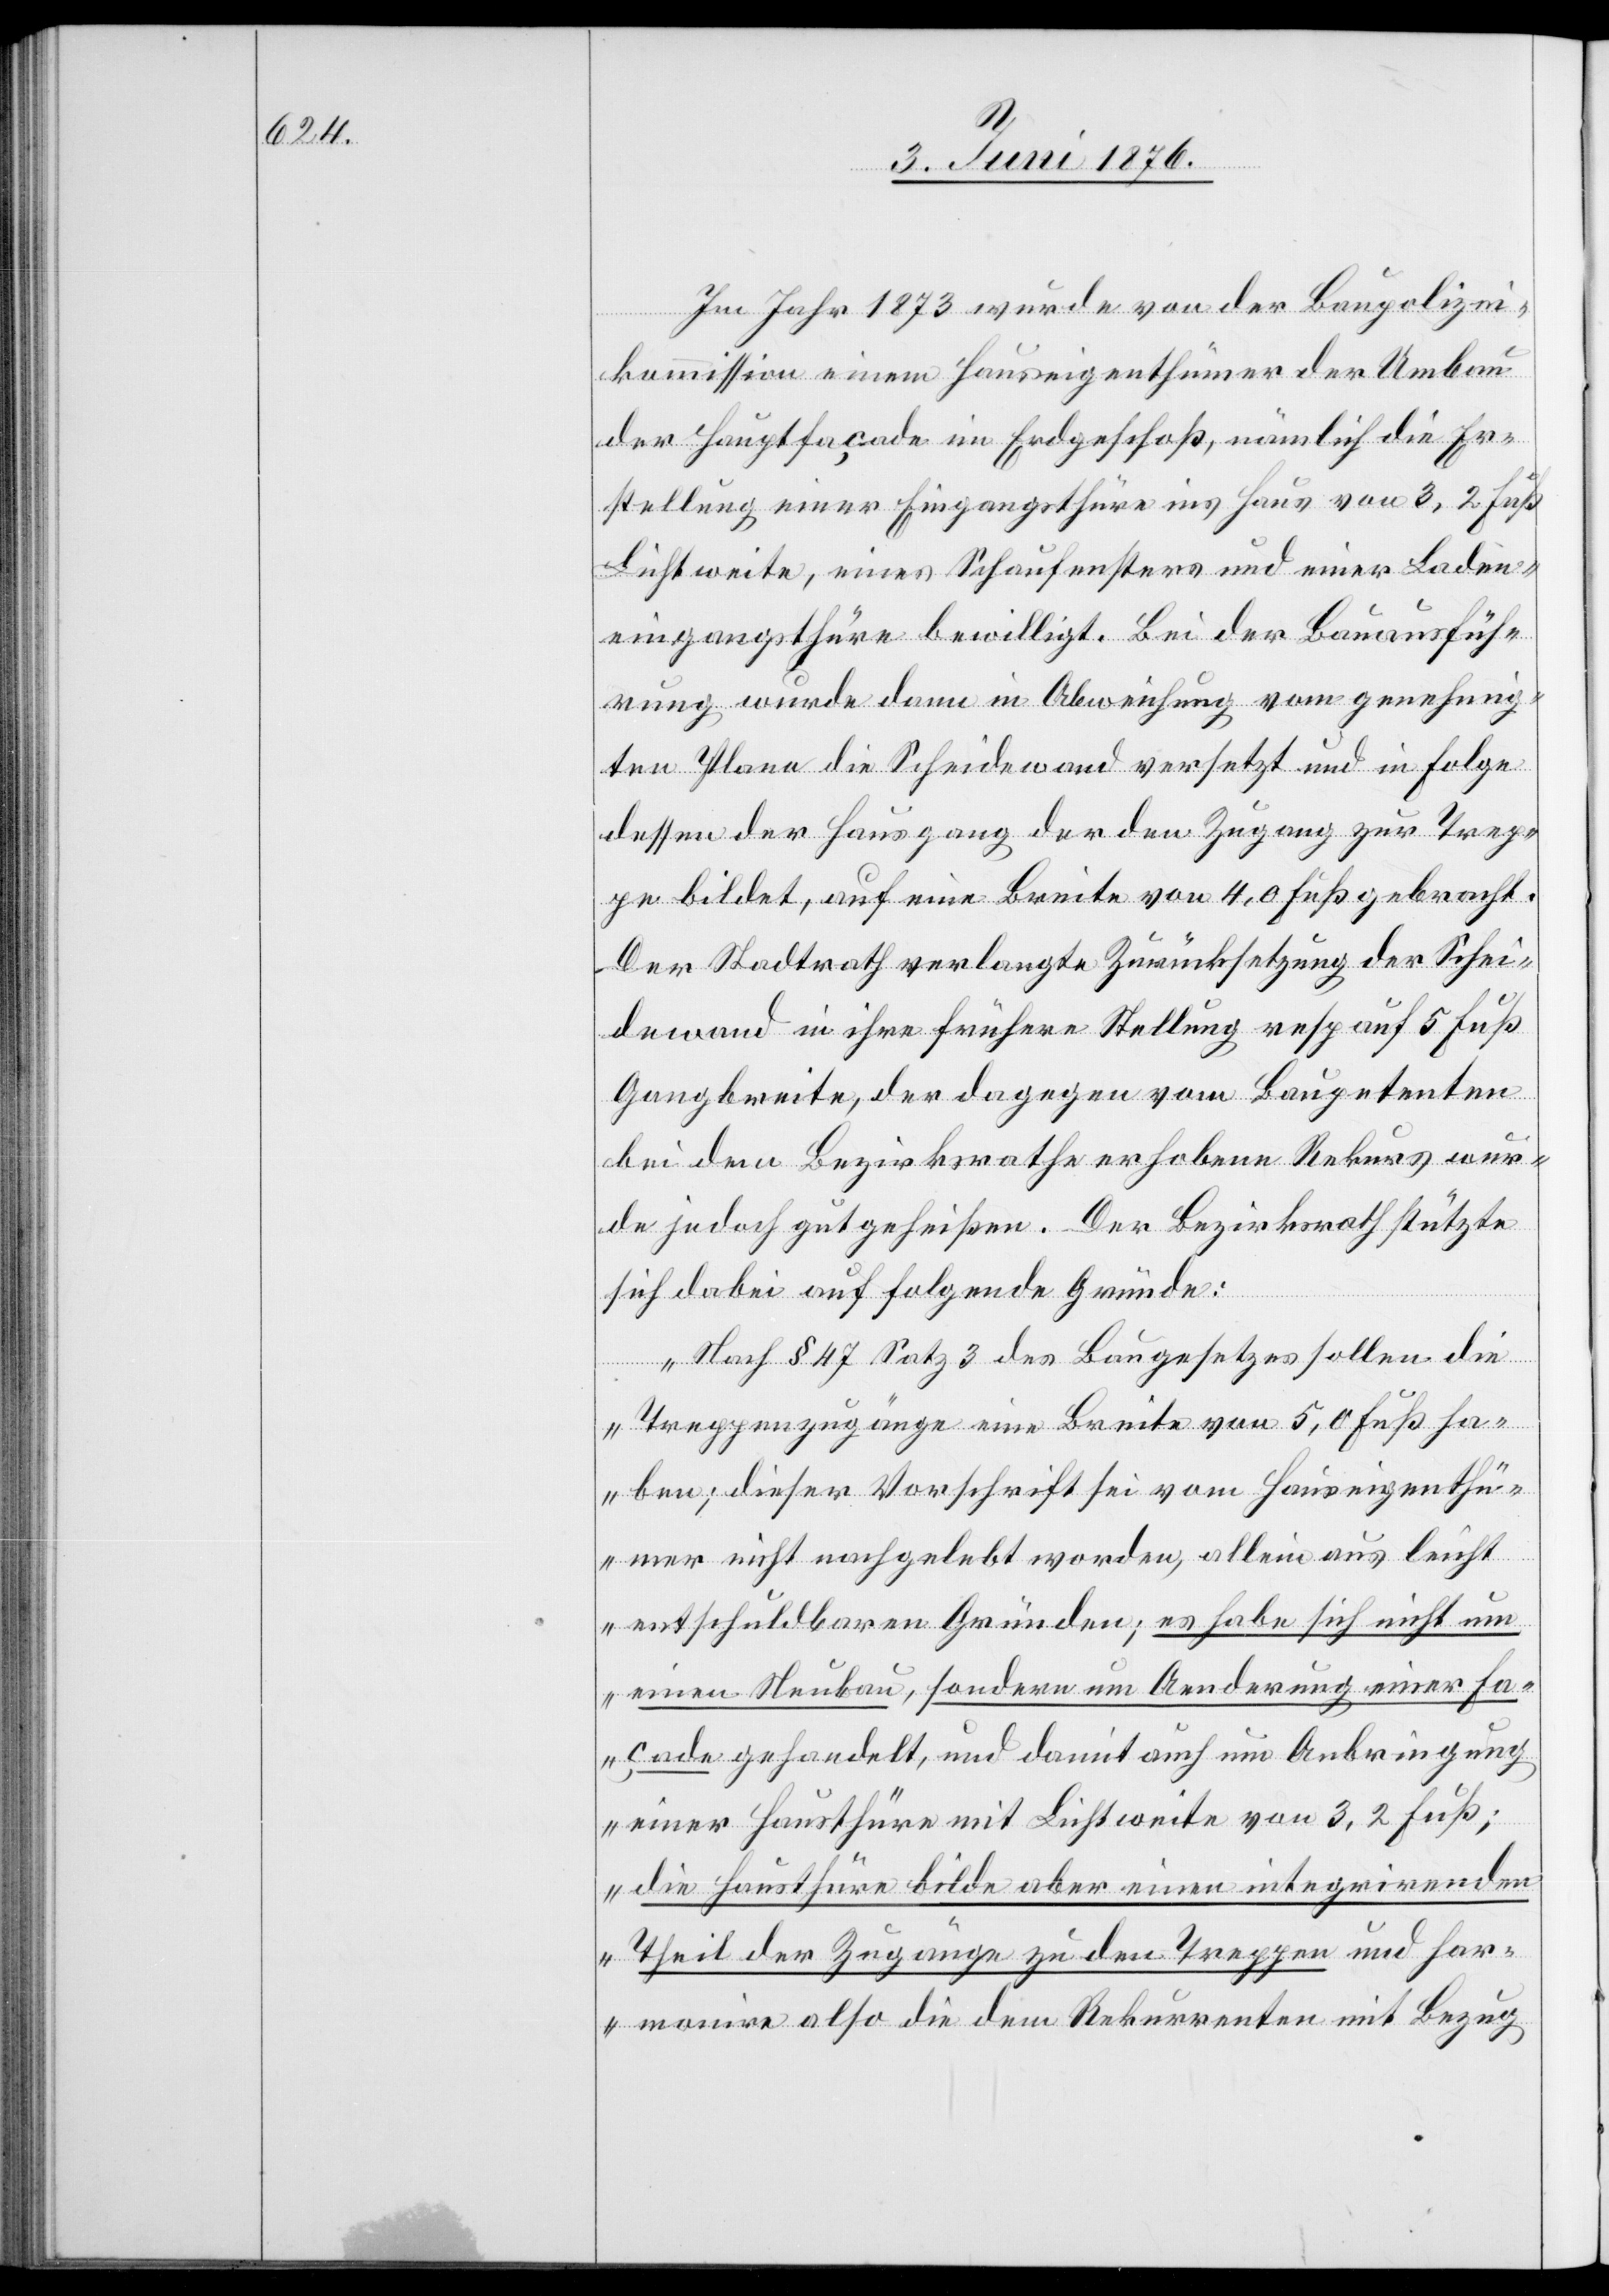
Im Jahr 1873 wurde von der Baupolizei¬
kommission einem Hauseigenthümer der Umbau
der Hauptfaçade im Erdgeschoß, nämlich die Er¬
stellung eines Eingangsthüre ins Haus von 3,2 Fuß
Lichtweite, eines Schaufensters und einer Laden¬
eingangsthüre bewilligt. Bei der Bauausfüh¬
rung wurde dann in Abweichung vom genehmig¬
ten Plane die Scheidewand versetzt und in Folge
dessen der Hauseingang der den Zugang zur Trep¬
pe bildet, auf eine Breite von 4,0 Fuß gebracht.
Der Stadtrath verlangte Zurücksetzung der Schei¬
dewand in ihre frühere Stellung resp. auf 5 Fuß
Gangbreite, der dagegen vom Baupetenten
bei dem Bezirksrathe erhobenen Rekurs wur¬
de jedoch gutgeheißen. Der Bezirksrath stützte
sich dabei auf folgende Gründe:
„Nach § 47 Satz 3 des Baugesetzes sollen die
Treppenzugänge eine Breite von 5,0 Fuß ha¬
ben; dieser Vorschrift sei vom Hauseigenthü¬
mer nicht nachgelebt worden, allein aus leicht
entschuldbaren Gründen; es habe sich nicht um
einen Neubau, sondern um Aenderung einer Fa¬
çade gehandelt, und damit auch um Anbringung
einer Hausthüre mit Lichtweite von 3,2 Fuß;
die Hausthüre bilde aber einen integrirenden
Theil der Zugänge zu den Treppen und har¬
monire also die dem Rekurrenten mit Bezug